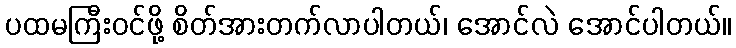
ပထမကြီးဝင်ဖို့ စိတ်အားတက်လာပါတယ်၊ အောင်လဲ အောင်ပါတယ်။